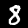
Label: 8